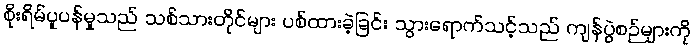
စိုးရိမ်ပူပန်မှုသည် သစ်သားတိုင်များ ပစ်ထားခဲ့ခြင်း သွားရောက်သင့်သည် ကျန်ပွဲစဉ်များကို